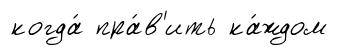
когда́ пра́в'ить ка́ждом